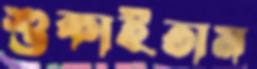
শুকাইতাম